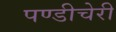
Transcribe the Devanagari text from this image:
पण्डीचेरी